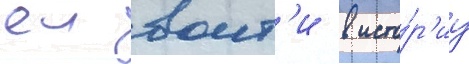
еи воит'и в исто́р'иу